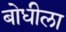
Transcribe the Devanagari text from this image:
बोधीला